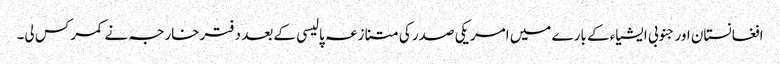
افغانستان اور جنوبی ایشیاء کے بارے میں امریکی صدر کی متنازعہ پالیسی کے بعد دفترخارجہ نے کمر کس لی۔